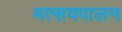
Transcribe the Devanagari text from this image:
मत्सयपालन